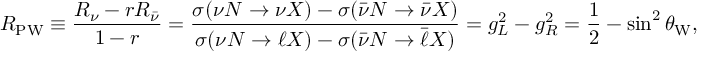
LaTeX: R _ { \mathrm { P W } } \equiv \frac { R _ { \nu } - r R _ { \bar { \nu } } } { 1 - r } = \frac { \sigma ( \nu { \cal N } \to \nu X ) - \sigma ( \bar { \nu } { \cal N } \to \bar { \nu } X ) } { \sigma ( \nu { \cal N } \to \ell X ) - \sigma ( \bar { \nu } { \cal N } \to \bar { \ell } X ) } = g _ { L } ^ { 2 } - g _ { R } ^ { 2 } = \frac { 1 } { 2 } - \sin ^ { 2 } \theta _ { \mathrm { W } } ,